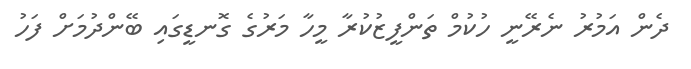
ދެން އަމުރު ނެރޭނީ ހުކުމް ތަންފީޒުކުރާ މީހާ މަރުގެ ގޮނޑީގައި ބޭންދުމަށް ފަހު